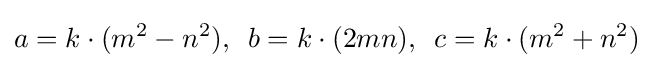
a=k\cdot (m^{2}-n^{2}),\ \,b=k\cdot (2mn),\ \,c=k\cdot (m^{2}+n^{2})